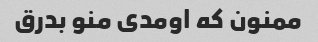
ممنون که اومدی منو بدرق